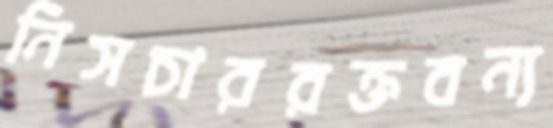
নিসচাররক্তবন্য